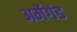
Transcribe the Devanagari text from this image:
अर्मेगंड